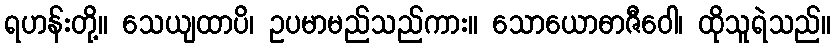
ရဟန်းတို့။ သေယျထာပိ၊ ဥပမာမည်သည်ကား။ သောယောဓာဇီဝေါ၊ ထိုသူရဲသည်။